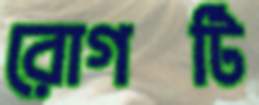
রোগটি